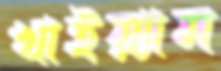
খাইয়্যাম